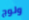
ولوج